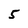
Character: 5